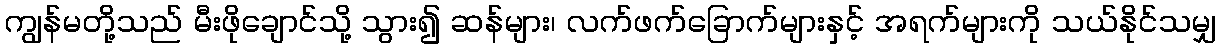
ကျွန်မတို့သည် မီးဖိုချောင်သို့ သွား၍ ဆန်များ၊ လက်ဖက်ခြောက်များနှင့် အရက်များကို သယ်နိုင်သမျှ